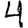
Digit: 4